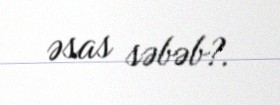
əsas səbəb?.